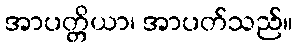
အာပတ္တိယာ၊ အာပတ်သည်။